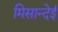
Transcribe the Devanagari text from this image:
मिसान्देई